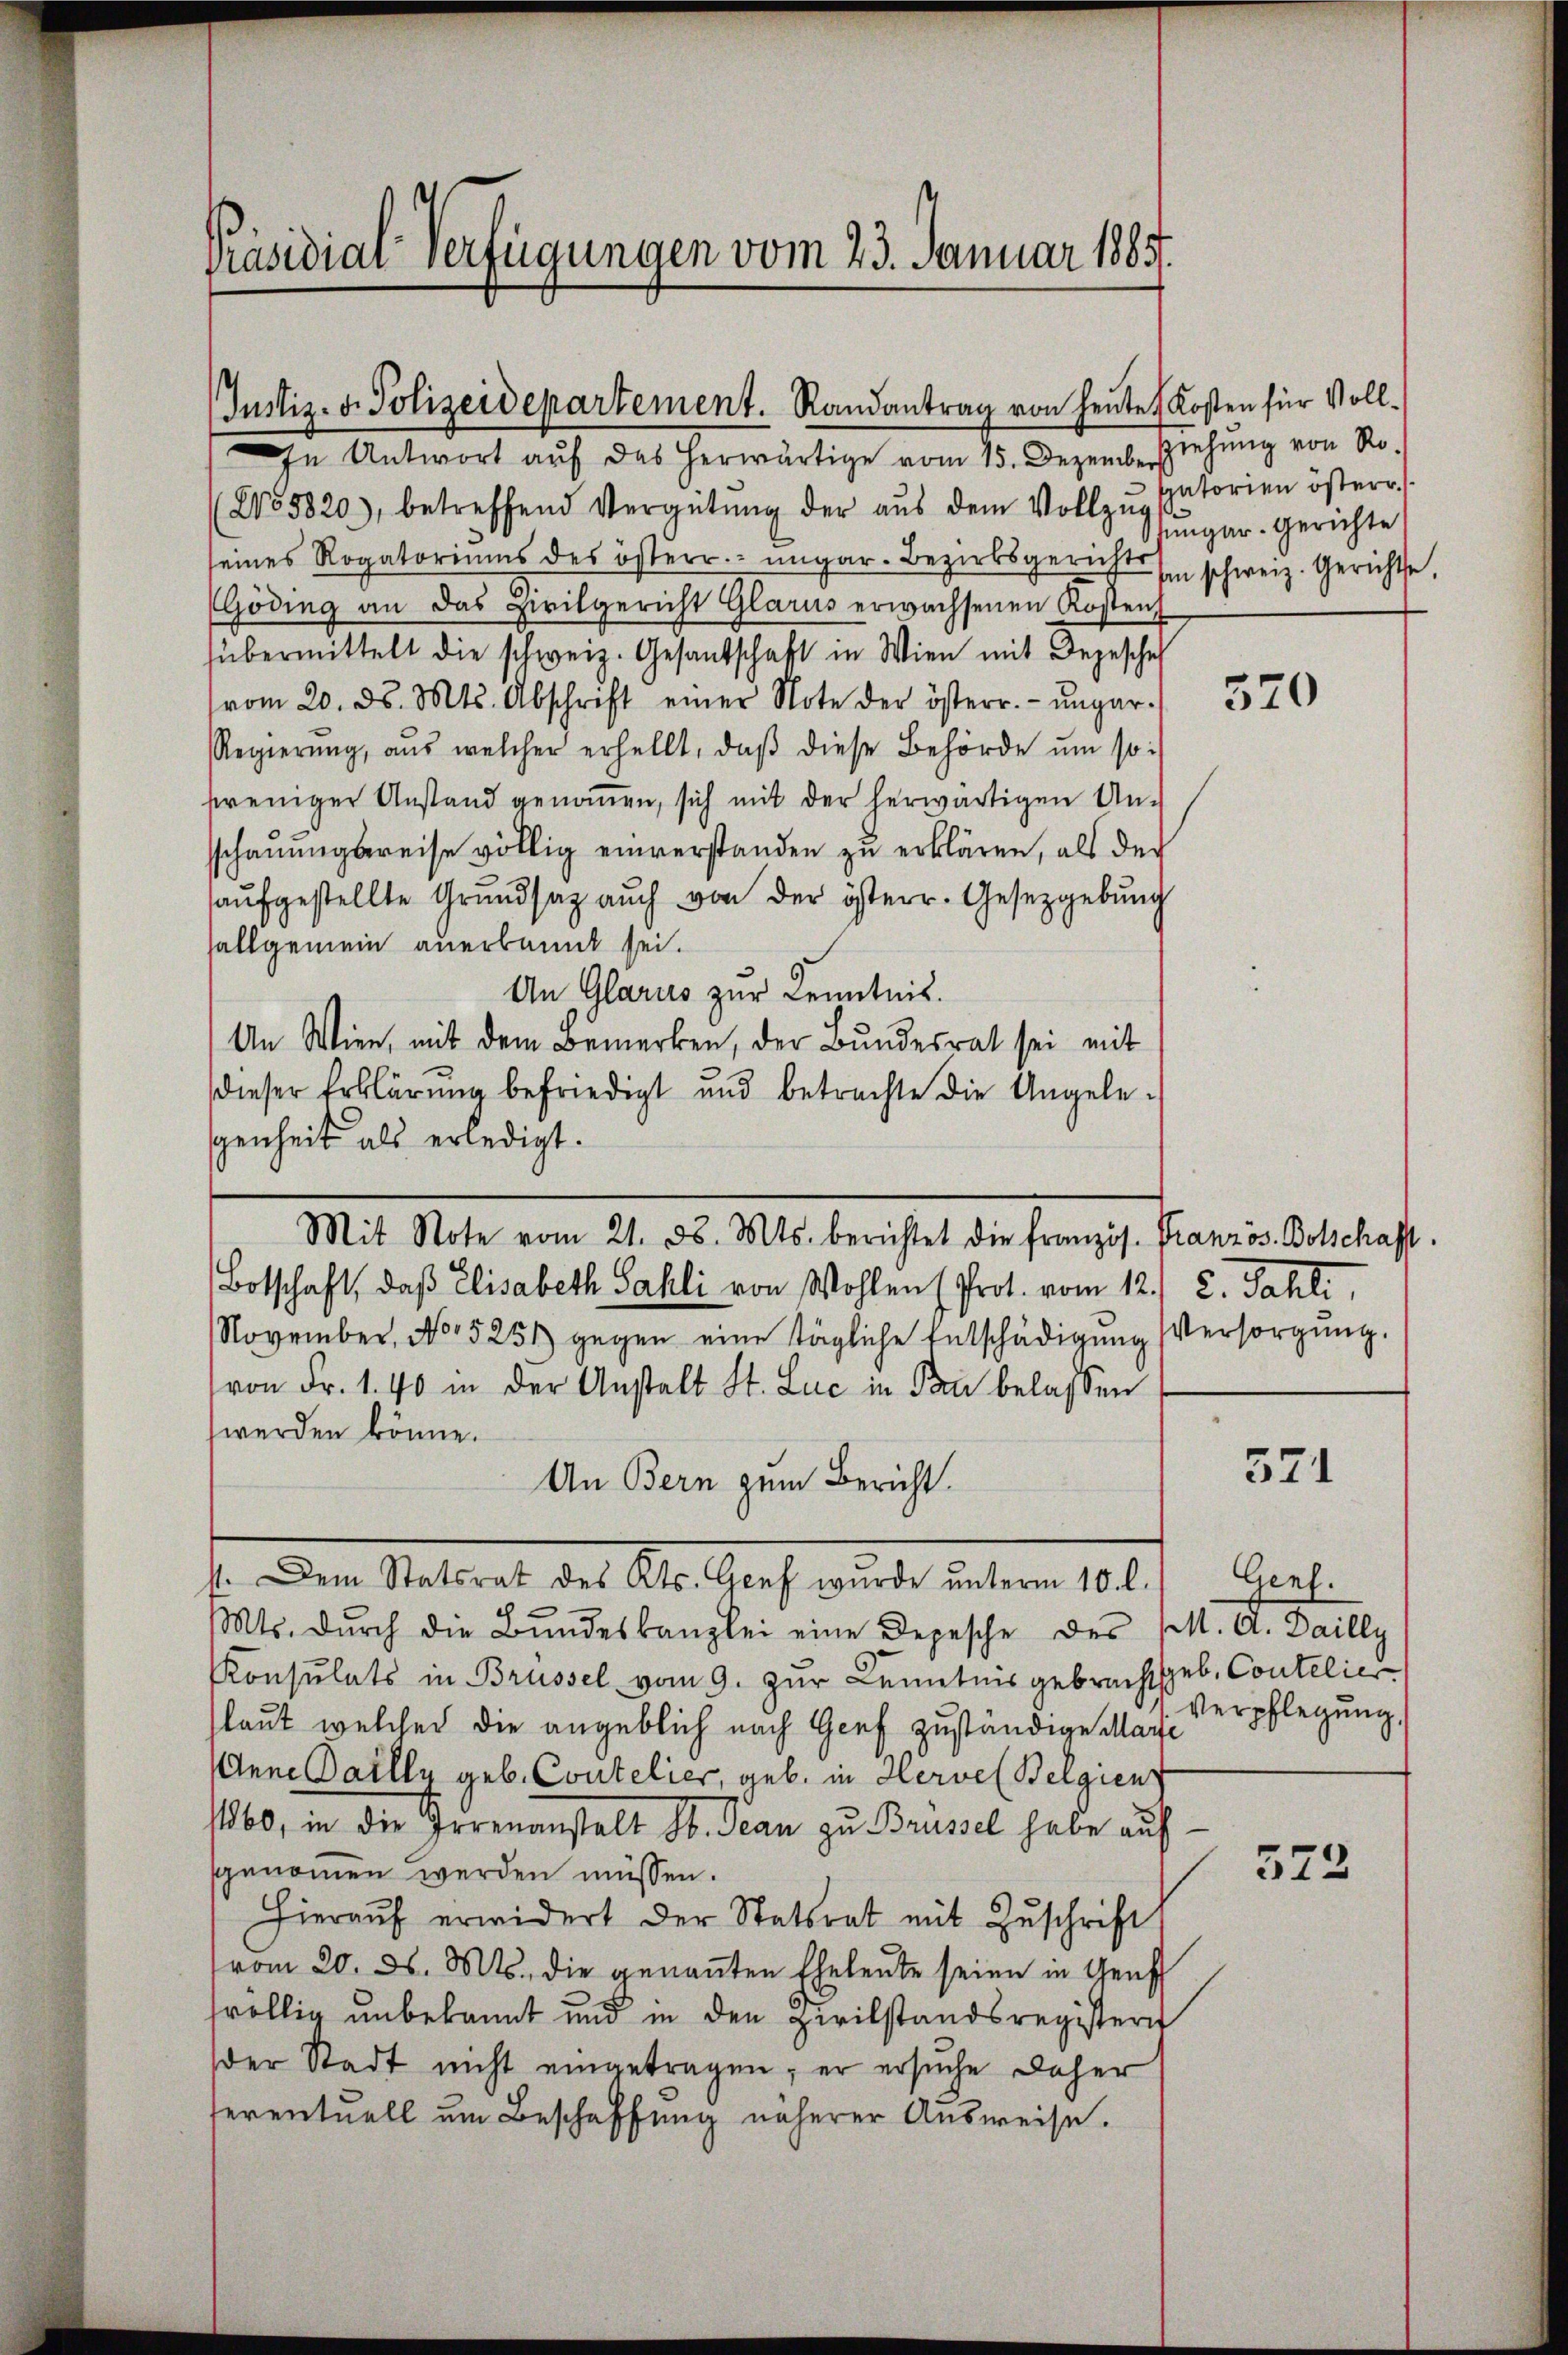
Präsidial-Verfügungen vom 23. Januar 1885.

(Justiz- u. Polizeidepartement. Randantrag von heŭte Kosten für Voll-
In Antwort auf das herwärtige vom 15. Dezember ziehung von Ro

Mit Note vom 21. d. Mts. berichtet die französ. Französ. Botschafft.

(No 5820), betreffend Vergütŭng der aŭs dem Vollzŭsatorien österr
seines Rogatoriums des österr. ungar. Bezirksgerichts
(Göding an das Zivilgericht Glarus erwachsenen Kosten
sübermittelt die schweiz. Gesandschaft in Wien mit Depesche
vom 20. ds. Mts. Abschrift einer Note der österr.- ŭngar. 370
Regierŭng, aŭs welcher erhellt, daβ diese Behörde ŭm so
weniger Anstand genommen, sich mit der herwärtigen Unsschauungsreise völlig einverstanden zu erklären, als der
aŭfgestellte Grŭndsatz aŭch von der österr. Gesetzgebung
sallgemein anerkannt sei.
An Glarus zur Kenntnis.
An Wien, mit dem Bemerken, der Bundesrat sei mit
dieser Erklärung befriedigt und betrachte die Angelegenheit als erledigt.
Botschaft, daß Elisabeth Sahli von Wohlen (Prot. vom 12. 2. Jahli,
November, No 5251) gegen eine tägliche Entschädigŭng
von Fr. 1. 40 in der Anstalt St. Luc in Pan belassen
werden könne.
An Bern zum Bericht.
s. den Stadtrat des Ale Kraft wurde untern 100.
Mts. dŭrch die Bŭndeskanzlei eine Depesche des (M. A. Dailly
Konsulats in Brüssel vom 9. zur Kenntnis gebracht geb. Contelier
laut welcher die angeblich nach Genf zuständige Marie
Ann Gailly geb. Contelier, geb. in Hervel Belgien
11860, in die Irrenanstalt St. Jean zu Brüssel habe auf
sgenommen werden müssen.
Hieraŭf erwidert der Statsrat mit Zŭschrift
vom 20. d. Mts. die genannten Eheleute seien in Genf
föllig unbekannt und in den Zivilstandsregistern
der Stadt nicht eingetragen, er ersuche daher
eventuell um Beschaffung näherer Ausweise.

ungar. Gerichte
ten schweiz. Gerichte,

Versorgung.

571

Genf.
Verpflegŭng.

572